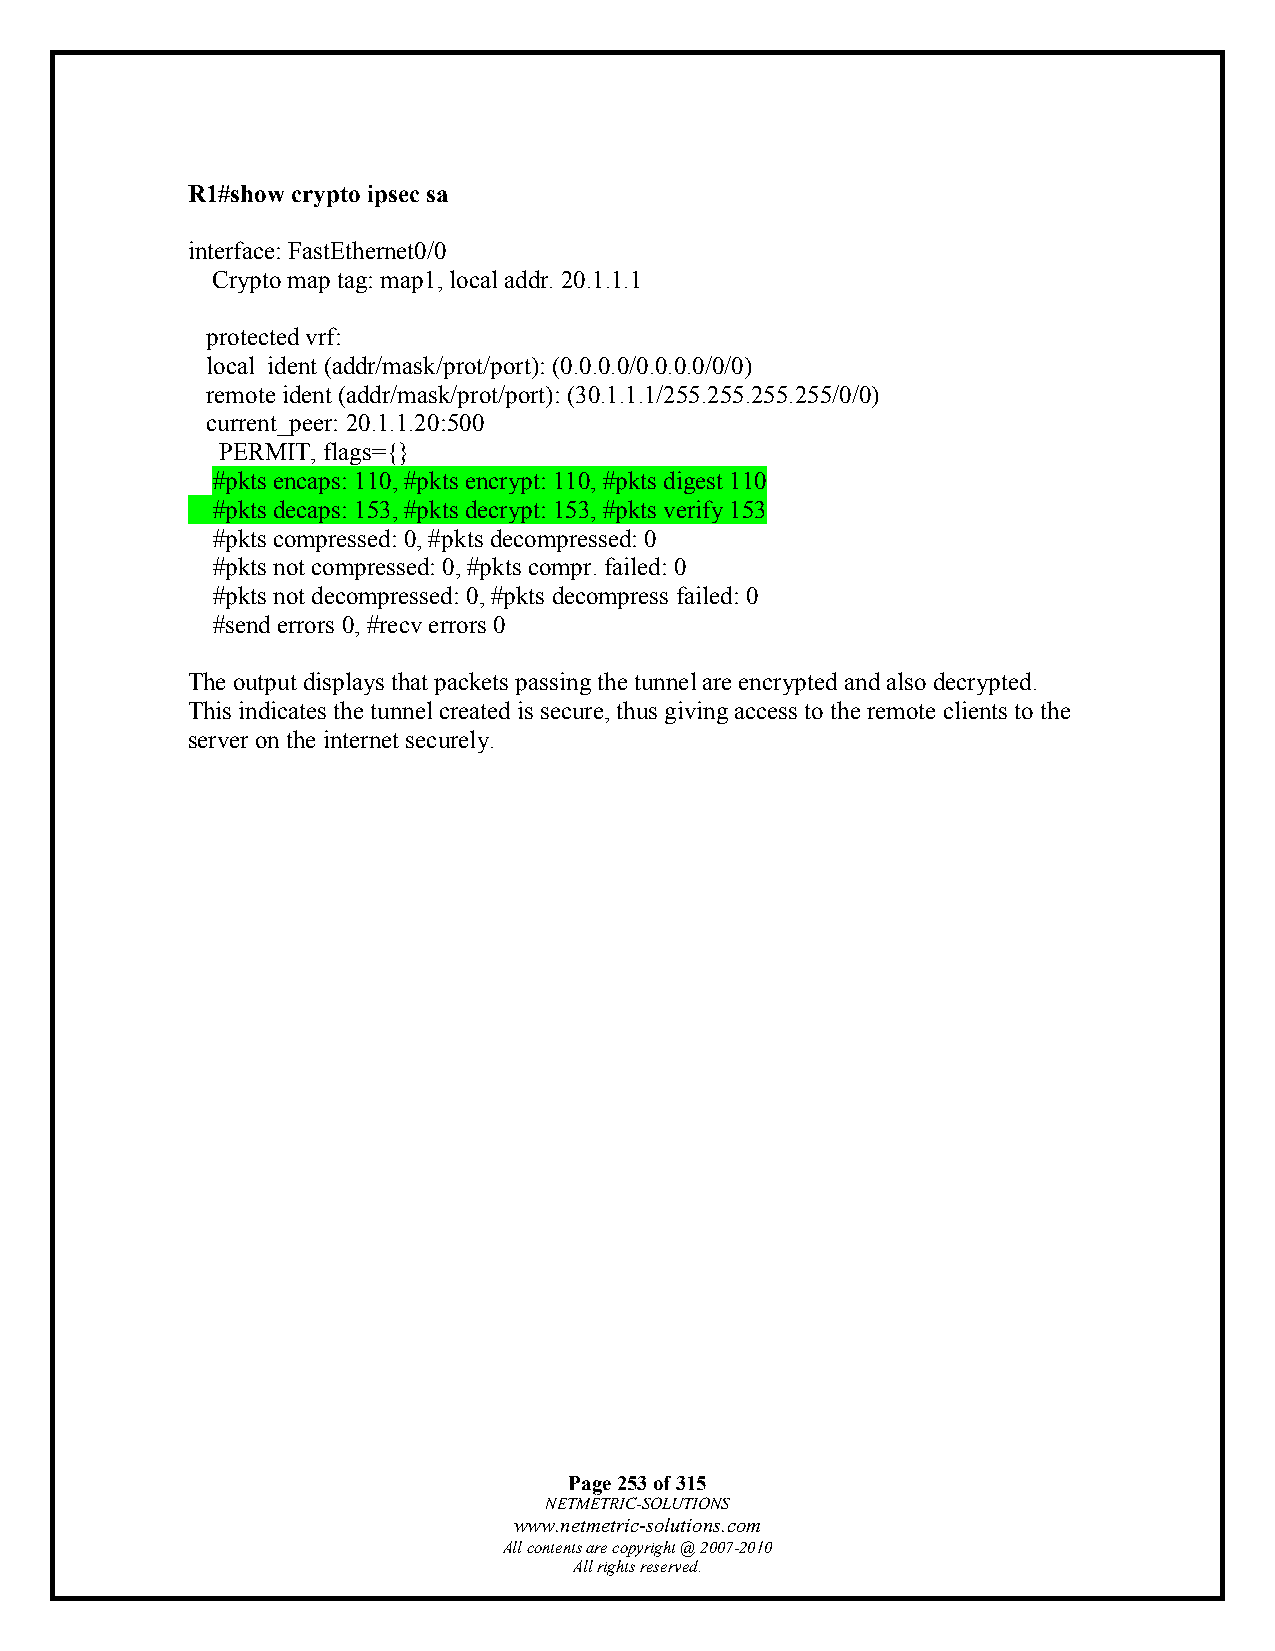
R1#show crypto ipsec sa
 interface: FastEthernet0/0
 Crypto map tag: map1, local addr. 20.1.1.1
 protected vrf:
 local ident (addr/mask/prot/port): (0.0.0.0/0.0.0.0/0/0)
 remote ident (addr/mask/prot/port): (30.1.1.1/255.255.255.255/0/0)
 current_peer: 20.1.1.20:500
 PERMIT, flags={}
 #pkts encaps: 110, #pkts encrypt: 110, #pkts digest 110
 #pkts decaps: 153, #pkts decrypt: 153, #pkts verify 153
 #pkts compressed: 0, #pkts decompressed: 0
 #pkts not compressed: 0, #pkts compr. failed: 0
 #pkts not decompressed: 0, #pkts decompress failed: 0
 #send errors 0, #recv errors 0
 The output displays that packets passing the tunnel are encrypted and also decrypted.
 This indicates the tunnel created is secure, thus giving access to the remote clients to the
 server on the internet securely.
 Page 253 of 315
 NETMETRIC-SOLUTIONS
 www.netmetric-solutions.com
 All contents are copyright @ 2007-2010
 All rights reserved.